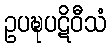
ဥပဍ္ဎပဋိဝီသံ